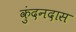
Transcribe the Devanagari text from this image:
कुंदनदास